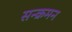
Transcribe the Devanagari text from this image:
सन्क्रमन